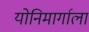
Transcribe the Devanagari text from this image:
योनिमार्गाला